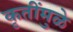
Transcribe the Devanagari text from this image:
कृतींमुळे